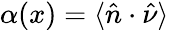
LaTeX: \alpha(x)=\langle\hat{n}\cdot\hat{\nu}\rangle